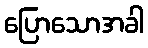
ပြောသောအခါ